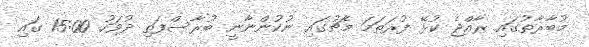
މުބާރާތުގައި ރާއްޖެ ކުޅޭ ފުރަތަމަ މެޗުގައި ނުކުންނާނީ ބުރާސްފަތި ދުވަހު 15:00 ގައި